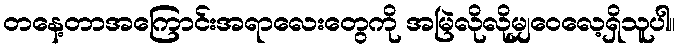
တနေ့တာအကြောင်းအရာလေးတွေကို အမြဲလိုလိုမျှဝေလေ့ရှိသူပါ။